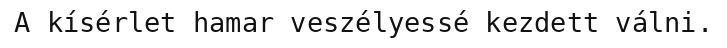
A kísérlet hamar veszélyessé kezdett válni.